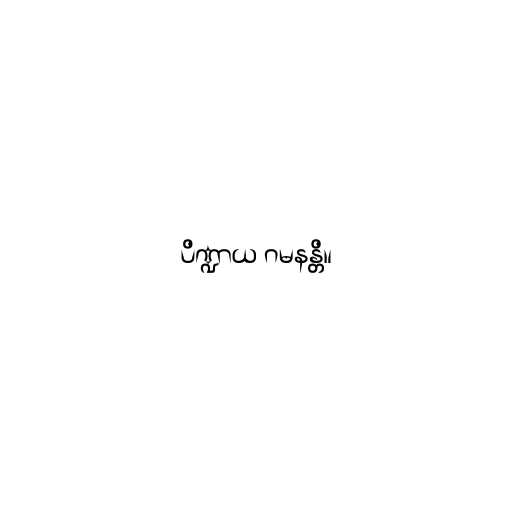
ပိဏ္ဍာယ ဂမနန္တိ။